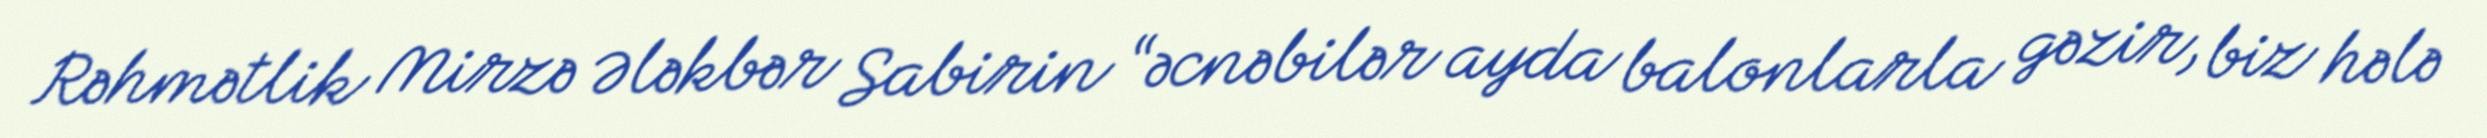
Rəhmətlik Mirzə Ələkbər Sabirin “əcnəbilər ayda balonlarla gəzir, biz hələ